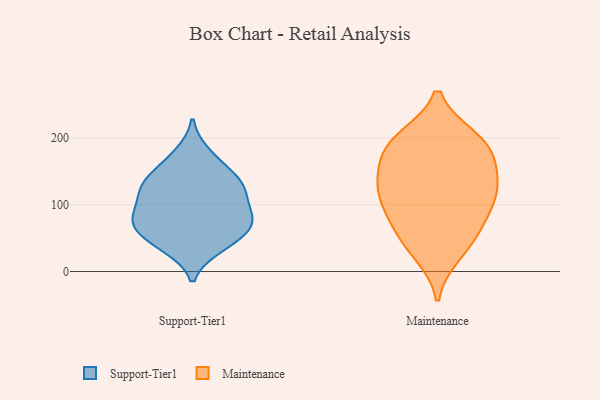
{"axis": {"x": "LTV (USD)", "y": "Value"}, "legend": ["Maintenance", "Support-Tier1"], "data": [{"x": "", "y": 119, "type": "Support-Tier1"}, {"x": "", "y": 95, "type": "Support-Tier1"}, {"x": "", "y": 40, "type": "Support-Tier1"}, {"x": "", "y": 121, "type": "Support-Tier1"}, {"x": "", "y": 132, "type": "Support-Tier1"}, {"x": "", "y": 161, "type": "Support-Tier1"}, {"x": "", "y": 37, "type": "Support-Tier1"}, {"x": "", "y": 129, "type": "Support-Tier1"}, {"x": "", "y": 176, "type": "Support-Tier1"}, {"x": "", "y": 136, "type": "Support-Tier1"}, {"x": "", "y": 74, "type": "Support-Tier1"}, {"x": "", "y": 72, "type": "Support-Tier1"}, {"x": "", "y": 49, "type": "Support-Tier1"}, {"x": "", "y": 79, "type": "Support-Tier1"}, {"x": "", "y": 68, "type": "Support-Tier1"}, {"x": "", "y": 82, "type": "Support-Tier1"}, {"x": "", "y": 100, "type": "Maintenance"}, {"x": "", "y": 116, "type": "Maintenance"}, {"x": "", "y": 41, "type": "Maintenance"}, {"x": "", "y": 147, "type": "Maintenance"}, {"x": "", "y": 135, "type": "Maintenance"}, {"x": "", "y": 194, "type": "Maintenance"}, {"x": "", "y": 126, "type": "Maintenance"}, {"x": "", "y": 199, "type": "Maintenance"}, {"x": "", "y": 105, "type": "Maintenance"}, {"x": "", "y": 70, "type": "Maintenance"}, {"x": "", "y": 27, "type": "Maintenance"}, {"x": "", "y": 196, "type": "Maintenance"}, {"x": "", "y": 166, "type": "Maintenance"}, {"x": "", "y": 183, "type": "Maintenance"}, {"x": "", "y": 64, "type": "Maintenance"}]}